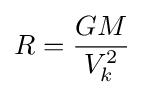
R={\frac {GM}{V_{k}^{2}}}